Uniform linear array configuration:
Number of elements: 48
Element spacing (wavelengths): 1
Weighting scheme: uniform
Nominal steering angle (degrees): -15
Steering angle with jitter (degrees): -16.797
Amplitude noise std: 0.05
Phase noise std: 0.05

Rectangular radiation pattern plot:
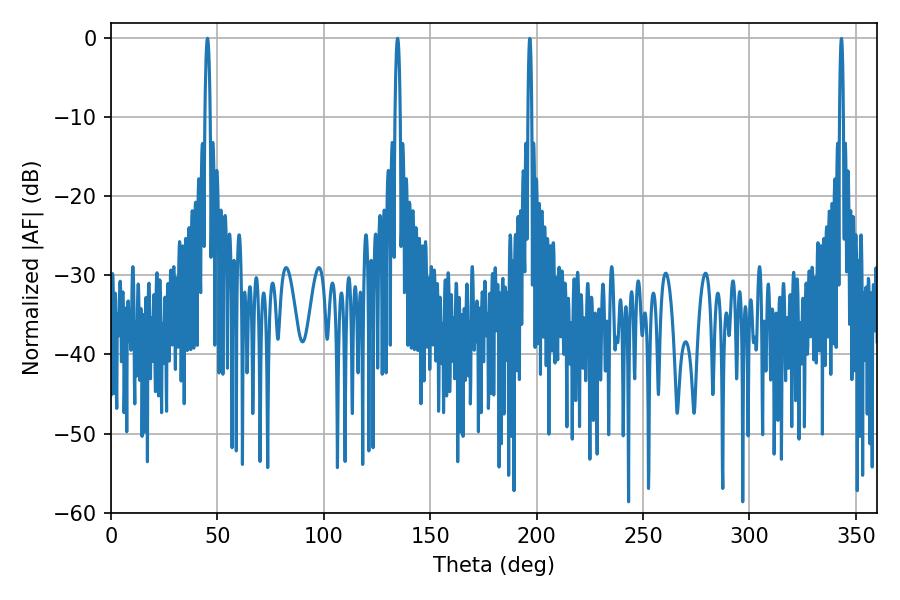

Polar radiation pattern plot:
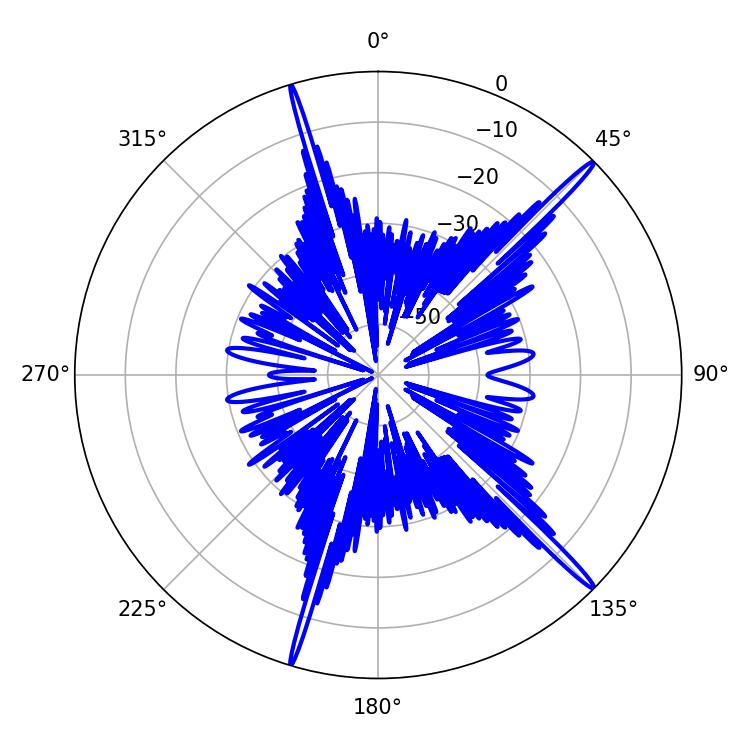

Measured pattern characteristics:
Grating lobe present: TRUE
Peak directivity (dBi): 18.324
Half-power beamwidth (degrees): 1.44
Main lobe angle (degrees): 45.36